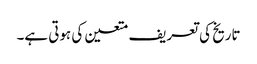
تاریخ کی تعریف متعین کی ہوتی ہے۔